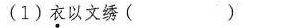
(1)衣以文绣( )